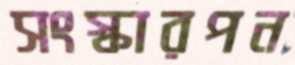
সংস্কারপন